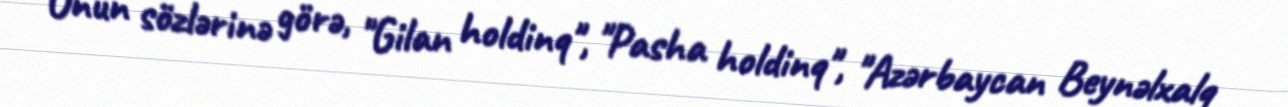
Onun sözlərinə görə, "Gilan holdinq", "Pasha holdinq", "Azərbaycan Beynəlxalq